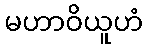
မဟာဝိယူဟံ